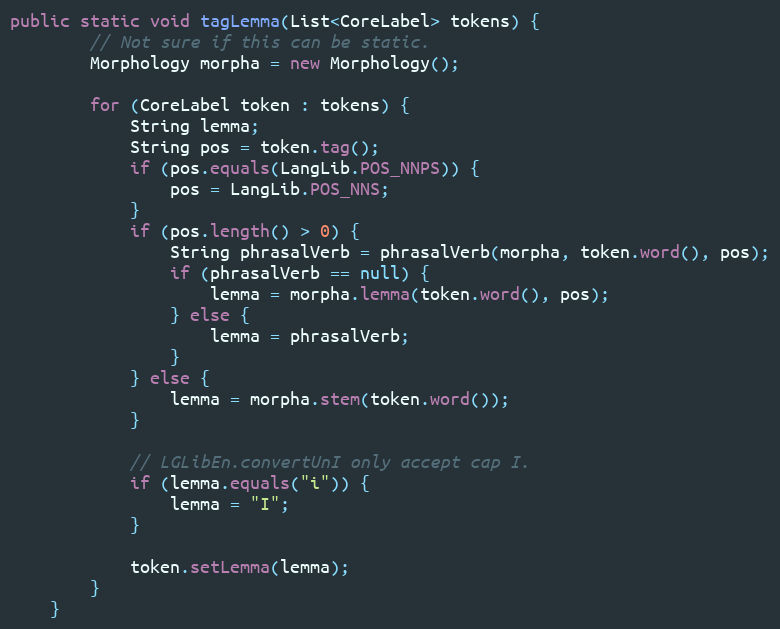
Language: Java
public static void tagLemma(List<CoreLabel> tokens) {
        // Not sure if this can be static.
        Morphology morpha = new Morphology();

        for (CoreLabel token : tokens) {
            String lemma;
            String pos = token.tag();
            if (pos.equals(LangLib.POS_NNPS)) {
                pos = LangLib.POS_NNS;
            }
            if (pos.length() > 0) {
                String phrasalVerb = phrasalVerb(morpha, token.word(), pos);
                if (phrasalVerb == null) {
                    lemma = morpha.lemma(token.word(), pos);
                } else {
                    lemma = phrasalVerb;
                }
            } else {
                lemma = morpha.stem(token.word());
            }

            // LGLibEn.convertUnI only accept cap I.
            if (lemma.equals("i")) {
                lemma = "I";
            }

            token.setLemma(lemma);
        }
    }